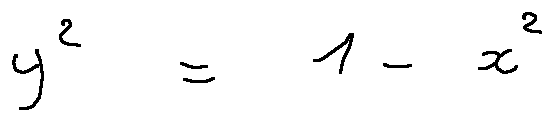
y ^ { 2 } = 1 - x ^ { 2 }